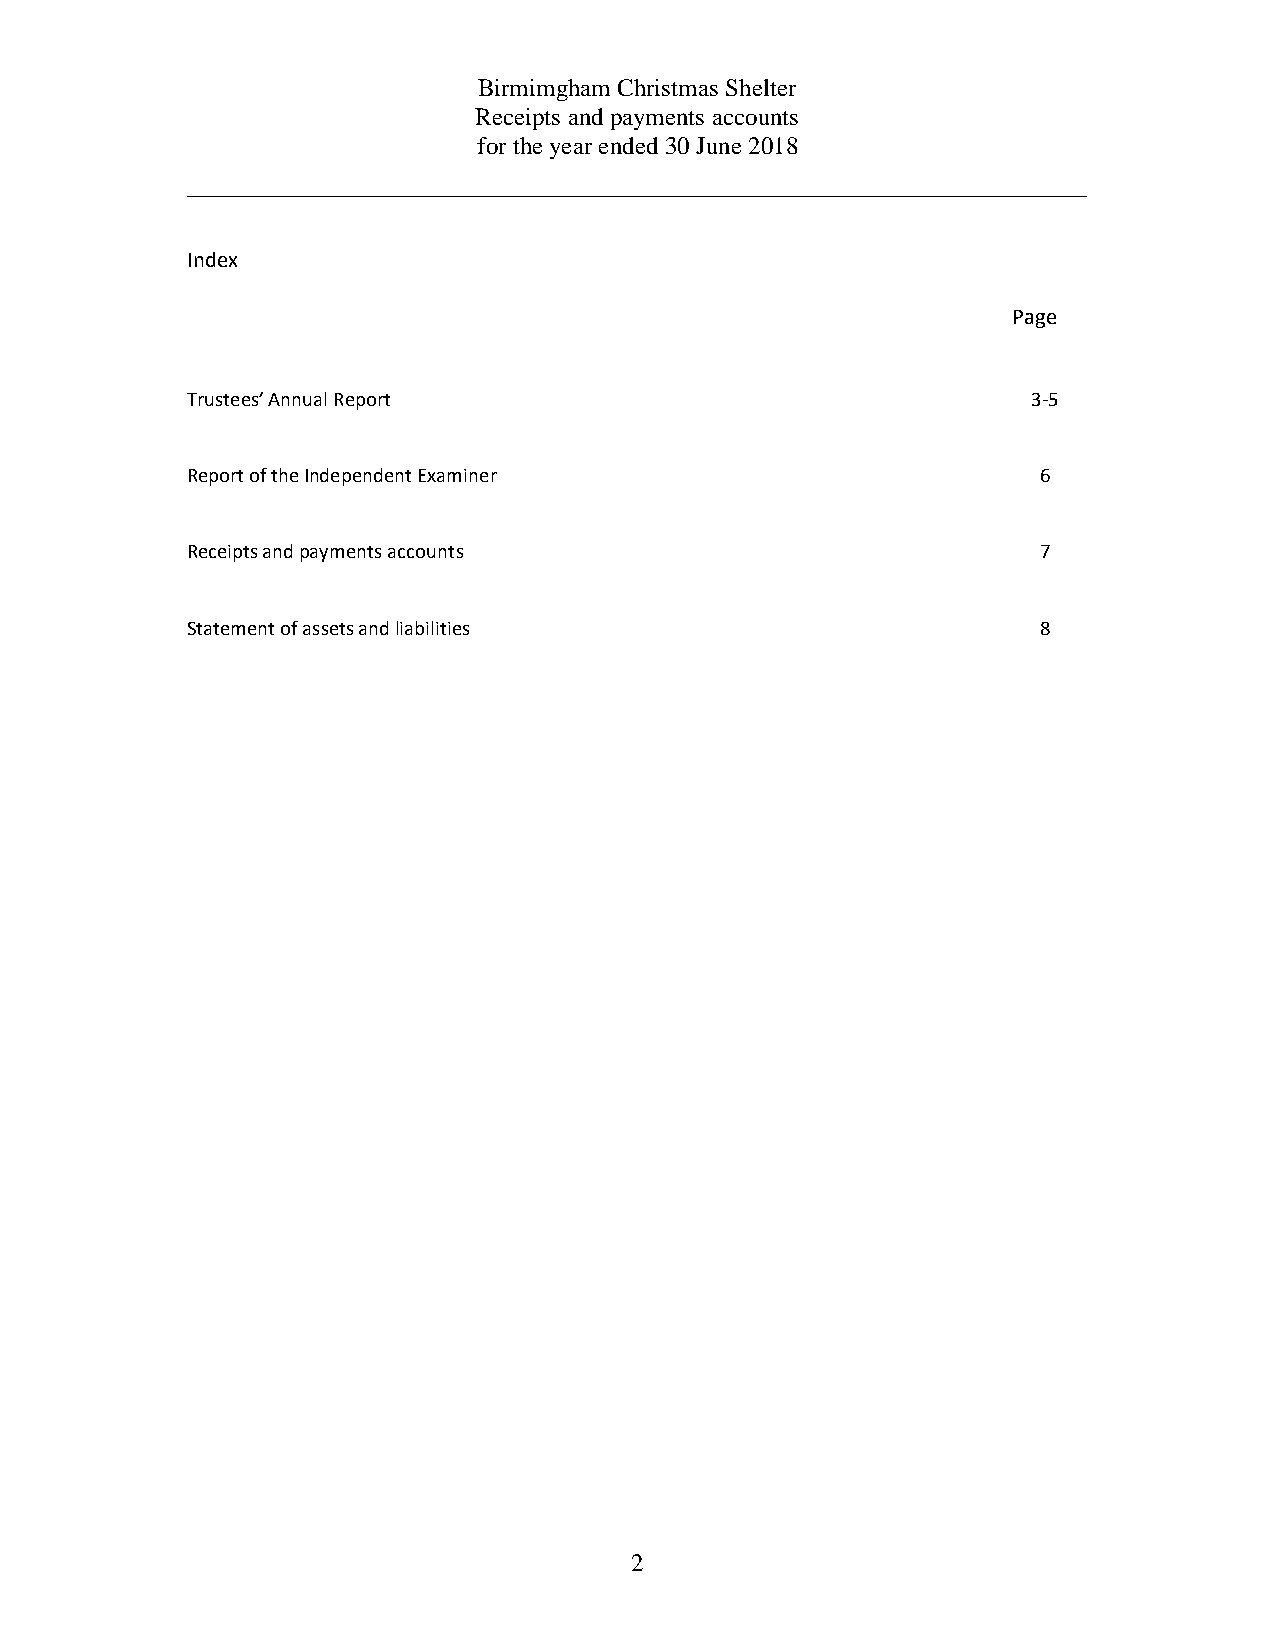
Birmimgham Christmas Shelter
 Receipts and payments accounts
 for the year ended 30 June 2018
 Index
 Page
 Trustees’ Annual Report                                 3-5
 Report of the Independent Examiner                       6
 Receipts and payments accounts                           7
 Statement of assets and liabilities                      8
 2